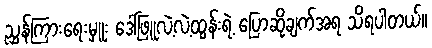
ညွှန်ကြားရေးမှူး ဒေါ်ဖြူလဲ့လဲ့ထွန်းရဲ့ ပြောဆိုချက်အရ သိရပါတယ်။